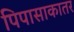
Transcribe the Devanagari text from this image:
पिपासाकातर